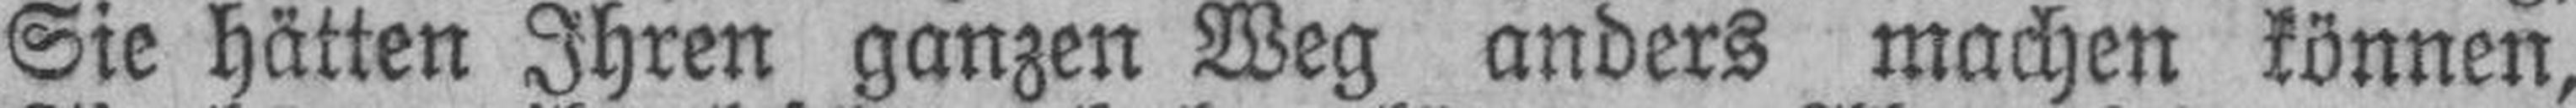
Sie hätten Ihren ganzen Weg anders machen können,